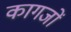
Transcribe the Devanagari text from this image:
कागजाें